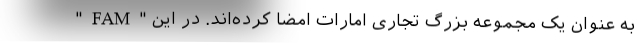
"FAM" به عنوان یک مجموعه بزرگ تجاری امارات امضا کرده‌اند. در این